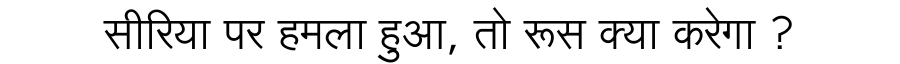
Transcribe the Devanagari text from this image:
सीरिया पर हमला हुआ, तो रूस क्या करेगा ?